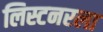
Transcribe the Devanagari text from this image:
लिस्टनरला